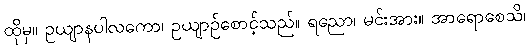
ထိုမှ။ ဥယျာနပါလကော၊ ဥယျာဉ်စောင့်သည်။ ရညော၊ မင်းအား။ အာရောစေသိ၊